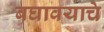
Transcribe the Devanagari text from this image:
बघावयाचे